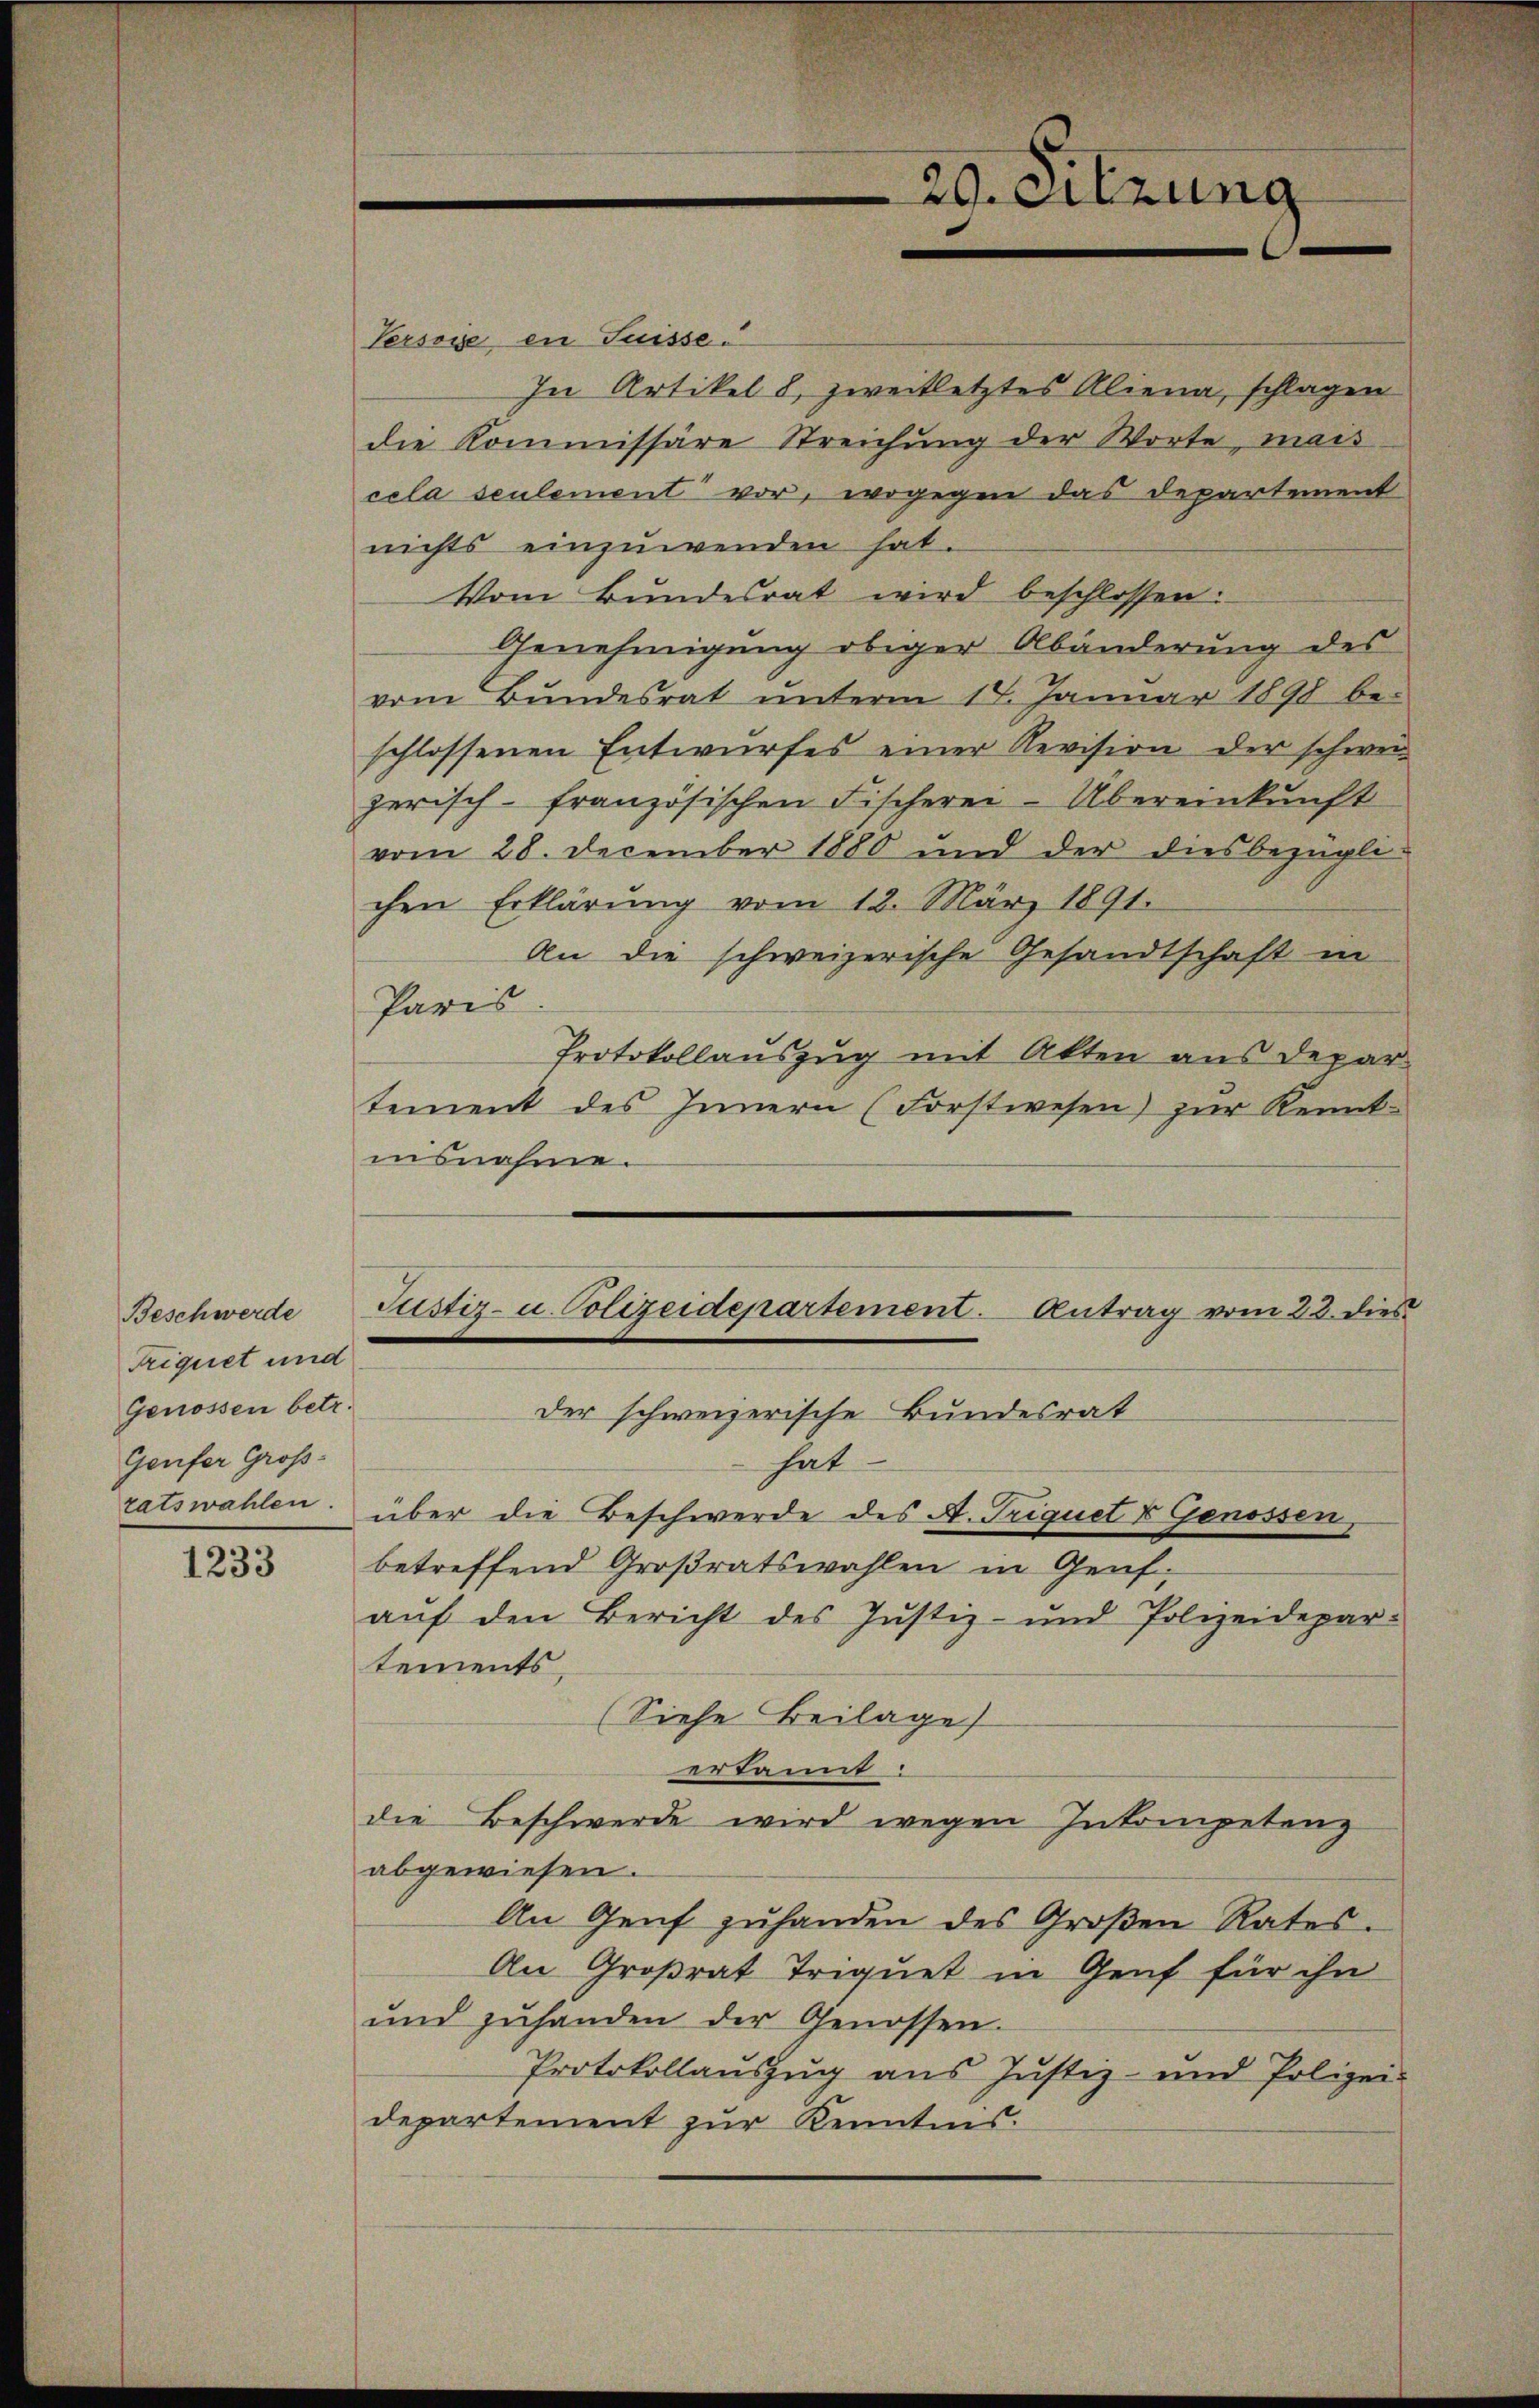
Beschwerde
Triquet und
Genossen betr.
Genfer Großratswahlen

1233

Persone en Suisse.
In Artikel 8, zweitletztes Aliena, schlagen
die Kommissäre Streichung der Worte, mais
cela seulement vor, wogegen das Departement
nichts einzuwenden hat.
Vom Bundesrat wird beschlossen:
Genehmigung obiger Abänderung des
vom Bundesrat unterm 14. Januar 1890 be-
schlossenen Entwurfes einer Revision der schwei
zerisch-französischen Fischerei-Übereinkunft
vom 28. December 1880 und der diesbezügli-
chen Erklärung vom 12. März 1891.
An die schweizerische Gesandtschaft in
Paris
Protokollauszug mit Akten aus Depar
tement des Innern (Forstwesen) zŭr Kennt-
insnahme.
Justiz- u. Polizeidepartement. Antrag vom 23. dies
Der schweizerische Bundesrat
hat
über die Beschwerde des A. Triquet & Genossen,
betreffend Großratswahlen in Genf,
auf den Bericht des Justiz- und Polizeidepar-
tements,
(Siehe Beilage
erkannt:
die Beschwerde wird wegen Inkompetenz
abgewiesen.
An Genf zŭhanden des Großen Rates.
An Großrat Triquet in Genf für ihn
und zŭhanden der Genossen.
Protokollauszug aus Justiz- und Polizei-
departement zur Kenntnis.

29. Sitzung